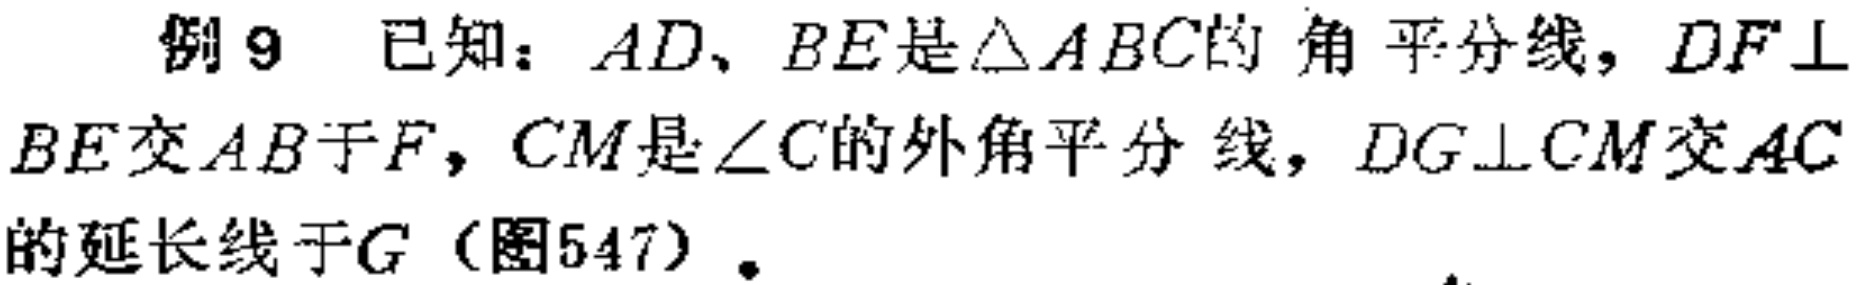
例9 已知：$AD、BE$是$\triangle ABC$的角平分线，$DF\perp BE$交$AB$于$F$，$CM$是$\angle C$的外角平分线，$DG\perp CM$交$AC$的延长线于$G$（图547）。